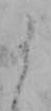
よ